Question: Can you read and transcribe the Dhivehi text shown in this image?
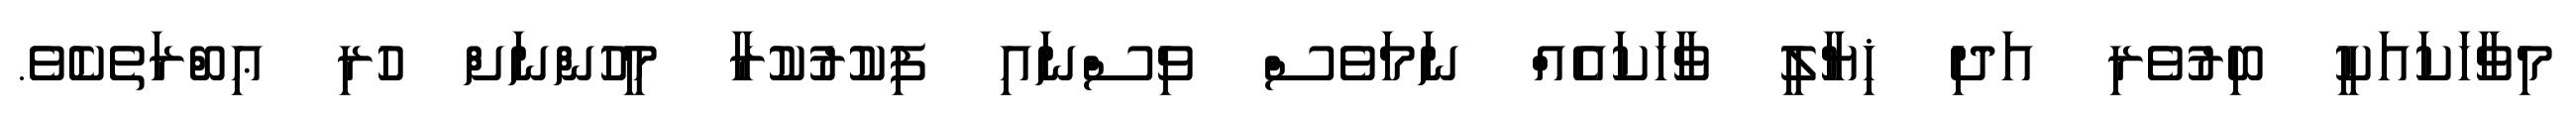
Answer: މިވާހަކައަކީ ބިރުވެރި އަދި ޚިޔާލީ ވާހަކައެއް ނަމަވެސް ވިސްނައި ފިކުރުކުރާ މީހުންނަށް ހުރި ޢިބްރަތެކެވެ.